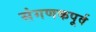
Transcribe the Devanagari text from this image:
संगणकपूर्व